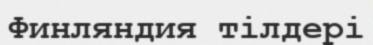
Финляндия тілдері